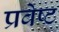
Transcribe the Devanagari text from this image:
प्रवेष्ट